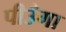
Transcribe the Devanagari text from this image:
पीउँगा